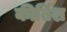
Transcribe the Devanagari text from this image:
कीर्तिश